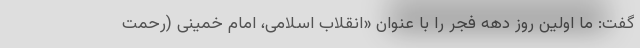
گفت: ما اولین روز دهه فجر را با عنوان «انقلاب اسلامی، امام خمینی (رحمت